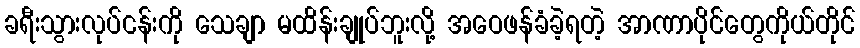
ခရီးသွားလုပ်ငန်းကို သေချာ မထိန်းချုပ်ဘူးလို့ အဝေဖန်ခံခဲ့ရတဲ့ အာဏာပိုင်တွေကိုယ်တိုင်